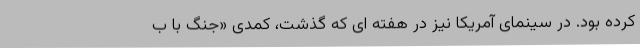
کرده بود. در سینمای آمریکا نیز در هفته ای که گذشت، کمدی «جنگ با ب